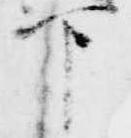
下